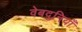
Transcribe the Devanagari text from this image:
वेबदुनियाँ